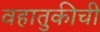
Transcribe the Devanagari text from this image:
वहातुकीची